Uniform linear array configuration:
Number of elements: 64
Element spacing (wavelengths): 0.5
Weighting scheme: cosine
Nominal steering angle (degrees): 60
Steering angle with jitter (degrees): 61.961
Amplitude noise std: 0.05
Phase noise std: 0.05

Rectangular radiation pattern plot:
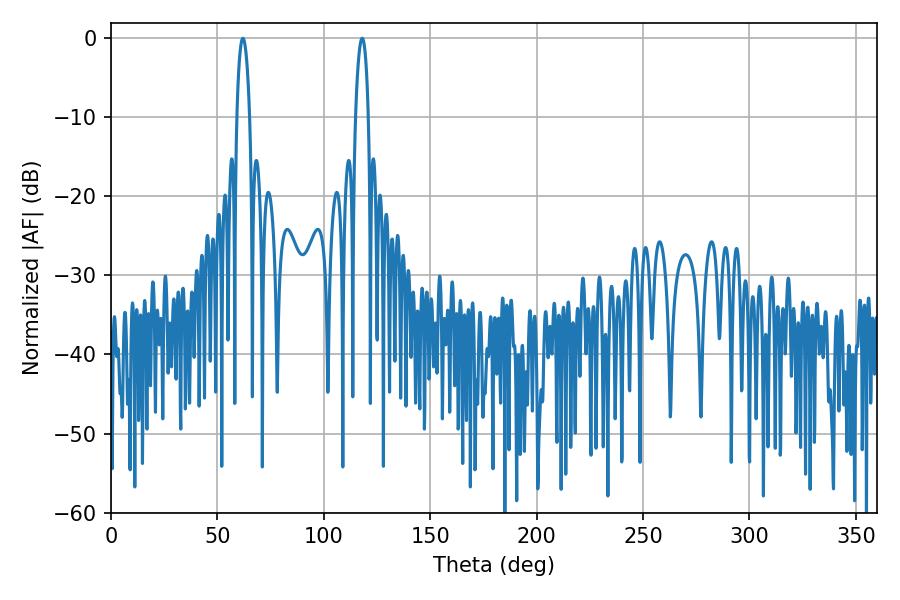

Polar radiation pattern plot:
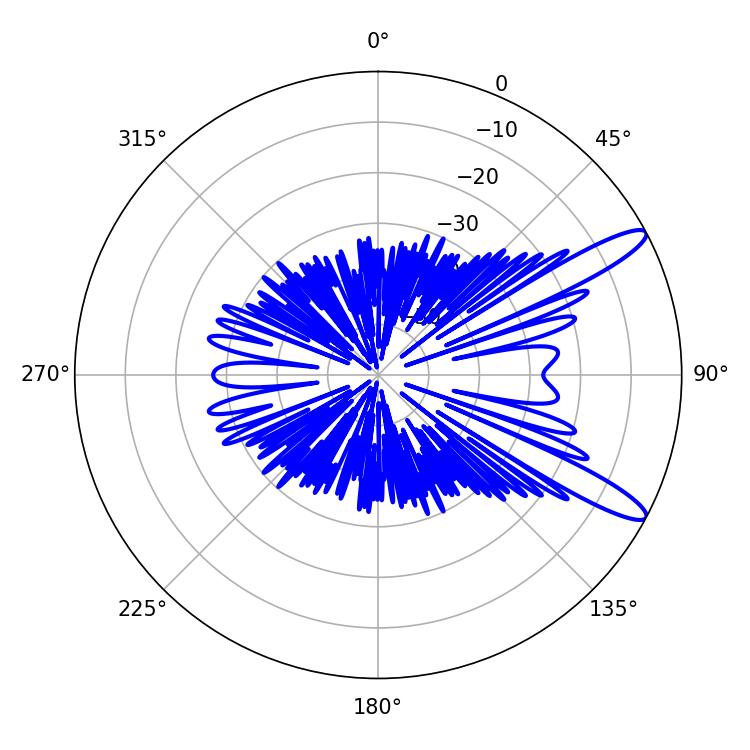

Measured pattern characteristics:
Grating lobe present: FALSE
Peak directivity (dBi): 12.302
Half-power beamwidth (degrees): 3.42
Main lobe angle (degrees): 61.92